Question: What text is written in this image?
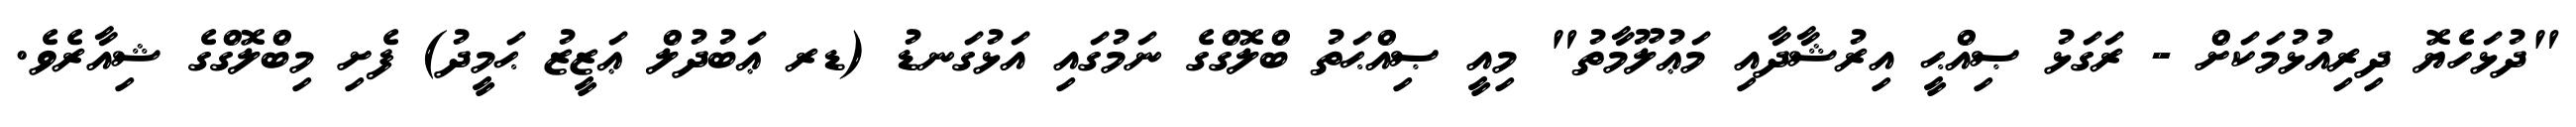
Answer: "ދުޅަހެޔޮ ދިރިއުޅުމަކަށް - ރަގަޅު ޞިއްޙީ އިރުޝާދާއި މަޢުލޫމާތު" މިއީ ޞިއްޙަތު ބްލޮގްގެ ނަމުގައި އަޅުގަނޑު (ޑރ ޢަބުދުލް ޢަޒީޒު ޙަމީދު) ފެށި މިބްލޮގްގެ ޝިއާރެވެ.